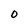
Character: 0